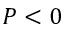
P < 0